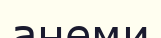
анеми